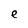
Character: e